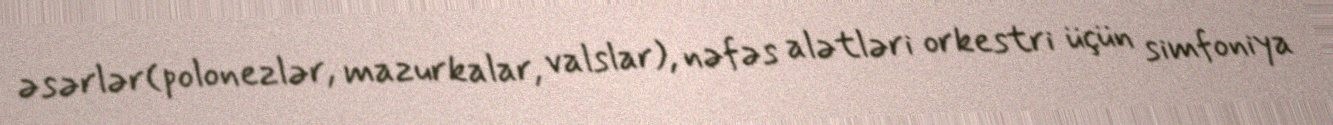
əsərlər(polonezlər, mazurkalar, valslar), nəfəs alətləri orkestri üçün simfoniya